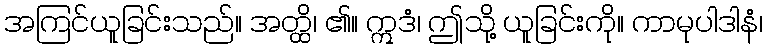
အကြင်ယူခြင်းသည်။ အတ္ထိ၊ ၏။ ဣဒံ၊ ဤသို့ ယူခြင်းကို။ ကာမုပါဒါနံ၊